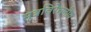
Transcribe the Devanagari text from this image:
मूत्रविरेचनीय